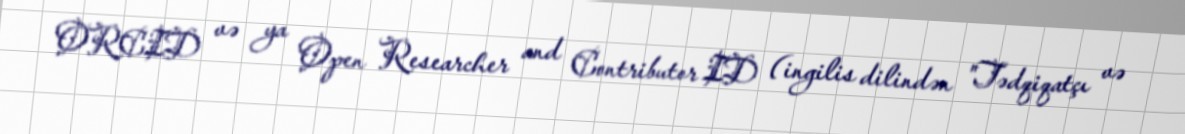
ORCID və ya Open Researcher and Contributor ID (ingilis dilindən "Tədqiqatçı və